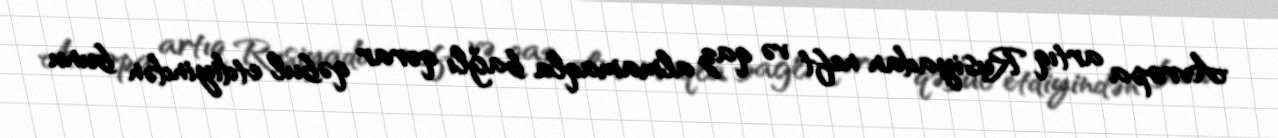
Avropa artıq Rusiyadan neft və qaz almamaqla bağlı qərar qəbul etdiyindən bunu